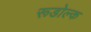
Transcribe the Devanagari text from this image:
रूडोल्क